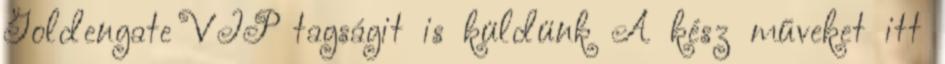
Goldengate VIP tagságit is küldünk A kész műveket itt